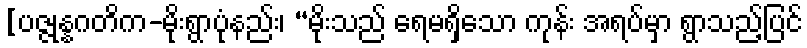
[ပဇ္ဇုန္နဂတိက-မိုးရွာပုံနည်း၊ “မိုးသည် ရေမရှိသော ကုန်း အရပ်မှာ ရွာသည့်ပြင်